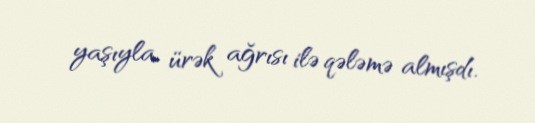
yaşıyla, ürək ağrısı ilə qələmə almışdı.